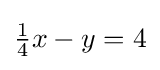
\textstyle {\frac {1}{4}}x-y=4